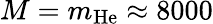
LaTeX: M=m_{\mathrm{He}}\approx 8000